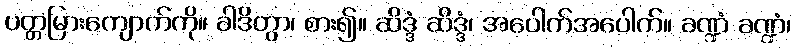
ပတ္တမြားကျောက်ကို။ ခါဒိတွာ၊ စား၍။ ဆိဒ္ဒံ ဆိဒ္ဒံ၊ အပေါက်အပေါက်။ ခဏ္ဍံ ခဏ္ဍံ၊